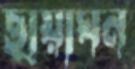
ছায়াঘন